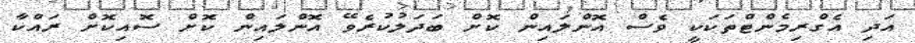
އަދި އެގްރިމެންޓްތަކަކީ ވެސް އޮންލައިން ކޮށް ބަދަލުކުރެވޭ އޮންލައިން ކޮށް ސޮއިކޮށް ރައްކާ